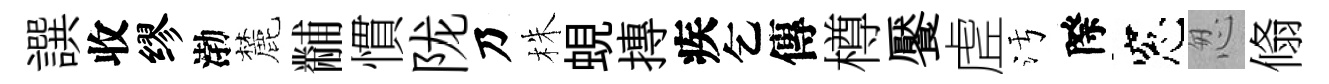
譔收缪渤麓黼慣陇乃株蜆摶疾乞傳樽饜虗污際窓怱翛